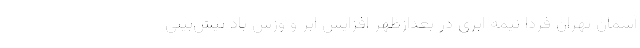
آسمان تهران فردا نیمه ابری در بعدازظهر افزایش ابر و وزش باد پیش‌بینی